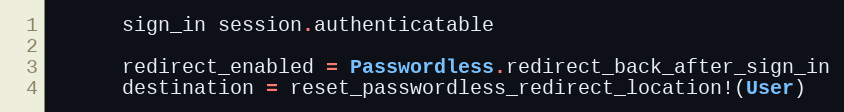
Language: Ruby
      sign_in session.authenticatable

      redirect_enabled = Passwordless.redirect_back_after_sign_in
      destination = reset_passwordless_redirect_location!(User)